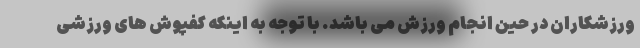
ورزشکاران در حین انجام ورزش می باشد. با توجه به اینکه کفپوش های ورزشی